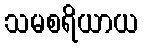
သမစရိယာယ